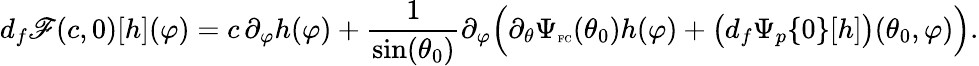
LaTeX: d_{f}\mathscr{F}(c,0)[h](\varphi)=c\, \partial_{\varphi}h(\varphi)+\frac{1}{\sin(\theta_{0})}\partial_{\varphi}\Big(\partial_{\theta}\Psi_{\textnormal{\tiny{FC}}}(\theta_{0})h(\varphi)+\big(d_{f}\Psi_{p}\{ 0\} [h]\big)(\theta_{0},\varphi)\Big).